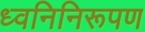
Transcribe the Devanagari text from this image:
ध्वनिनिरूपण